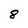
Character: 8